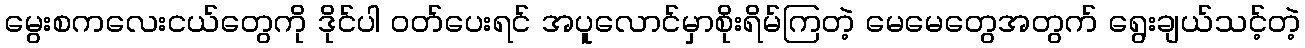
မွေးစကလေးငယ်တွေကို ဒိုင်ပါ ဝတ်ပေးရင် အပူလောင်မှာစိုးရိမ်ကြတဲ့ မေမေတွေအတွက် ရွေးချယ်သင့်တဲ့